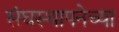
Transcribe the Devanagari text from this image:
संघस्थापनेच्या